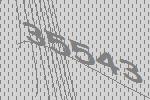
35543